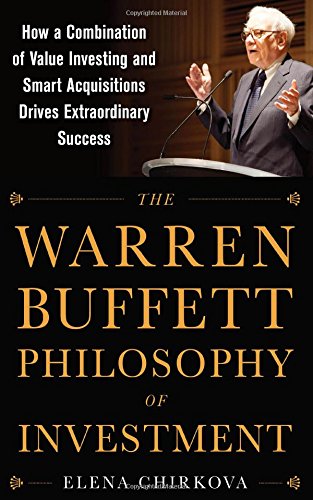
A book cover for The Warren Buffett Philosophy of Investment: How a Combination of Value Investing and Smart Acquisitions Drives Extraordinary Success; Elena Chirkova; Business & Money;